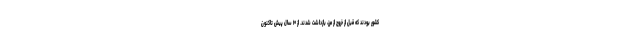
کشور بودند که قبل از خروج از مرز، بازداشت شدند. از ۱۰ سال پیش تاکنون